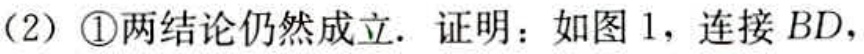
(2) \textcircled{1}两结论仍然成立. 证明：如图 1，连接 \(BD\)，